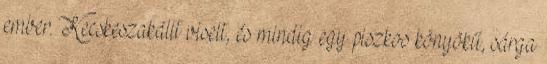
ember. Kecskeszakállt viselt, és mindig egy piszkos könyökű, sárga